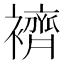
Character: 𧞓